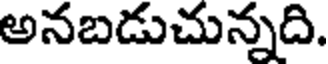
అనబడుచున్నది.